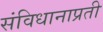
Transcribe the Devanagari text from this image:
संविधानाप्रती